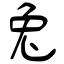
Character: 兔